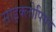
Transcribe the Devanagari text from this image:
साइक्लोपियन